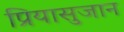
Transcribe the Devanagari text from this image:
प्रियासुजान